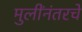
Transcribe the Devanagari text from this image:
मुलींनंतरचे